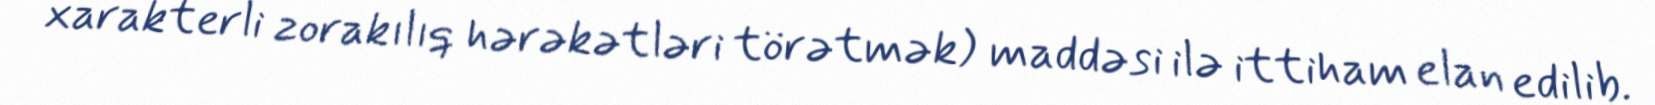
xarakterli zorakılıq hərəkətləri törətmək) maddəsi ilə ittiham elan edilib.